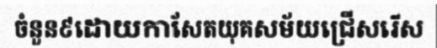
ចំនួន៩ដោយកាសែតយុគសម័យជ្រើសរើស